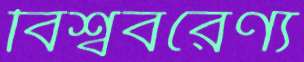
বিশ্ববরেণ্য